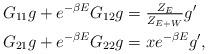
LaTeX: \begin{align*}G_{11}g+e^{-\beta E}G_{12}g&=\tfrac{Z_E}{Z_{E+W}}g'\quad\\G_{21}g+e^{-\beta E}G_{22}g &=xe^{-\beta E}g',\end{align*}